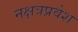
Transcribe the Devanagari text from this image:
नक्षत्रप्रवेश